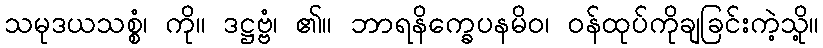
သမုဒယသစ္စံ၊ ကို။ ဒဋ္ဌဗ္ဗံ၊ ၏။ ဘာရနိက္ခေပနမိဝ၊ ဝန်ထုပ်ကိုချခြင်းကဲ့သို့။